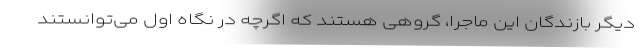
دیگر بازندگان این ماجرا، گروهی هستند که اگرچه در نگاه اول می‌توانستند